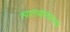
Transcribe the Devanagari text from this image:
स्वातत्र्यानंतरच्या